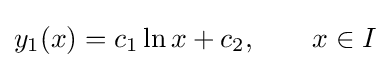
y_{1}(x)=c_{1}\ln x+c_{2},\qquad x\in I